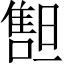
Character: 𠿲